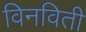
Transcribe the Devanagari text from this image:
विनविती